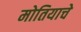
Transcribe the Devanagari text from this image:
मोतियाचे